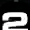
Digit: 2